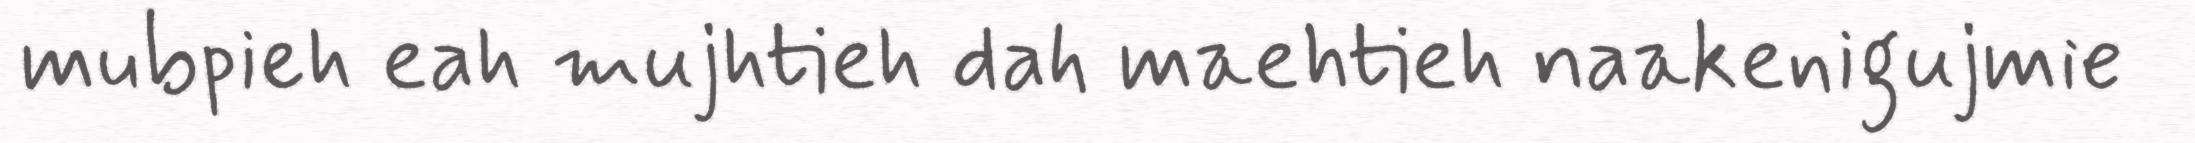
mubpieh eah mujhtieh dah maehtieh naakenigujmie